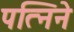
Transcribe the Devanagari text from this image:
पत्निने